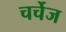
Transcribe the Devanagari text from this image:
चर्चेज